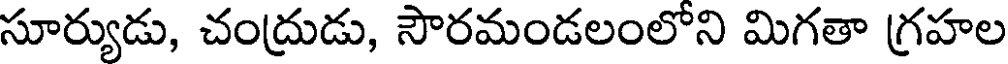
సూర్యుడు, చంద్రుడు, సౌరమండలంలోని మిగతా గ్రహల